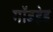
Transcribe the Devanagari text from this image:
गॉडहेड